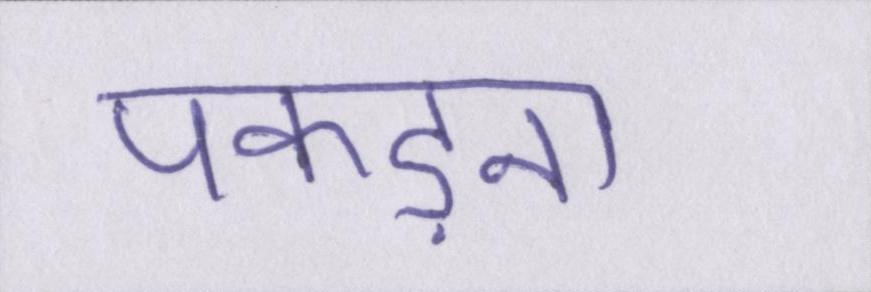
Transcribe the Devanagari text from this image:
पकड़ना